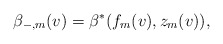
\begin{align*} \beta_{-,m}(v)=\beta^\ast(f_m(v),z_m(v)),\end{align*}